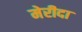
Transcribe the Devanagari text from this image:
मेरीदा